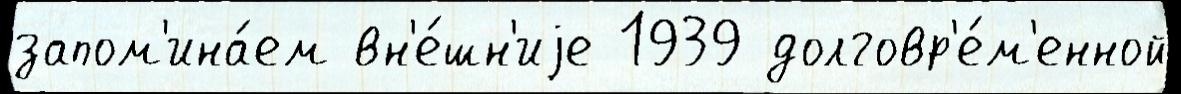
запом'ина́ем вн'е́шн'иjе 1939 долговр'е́м'енной